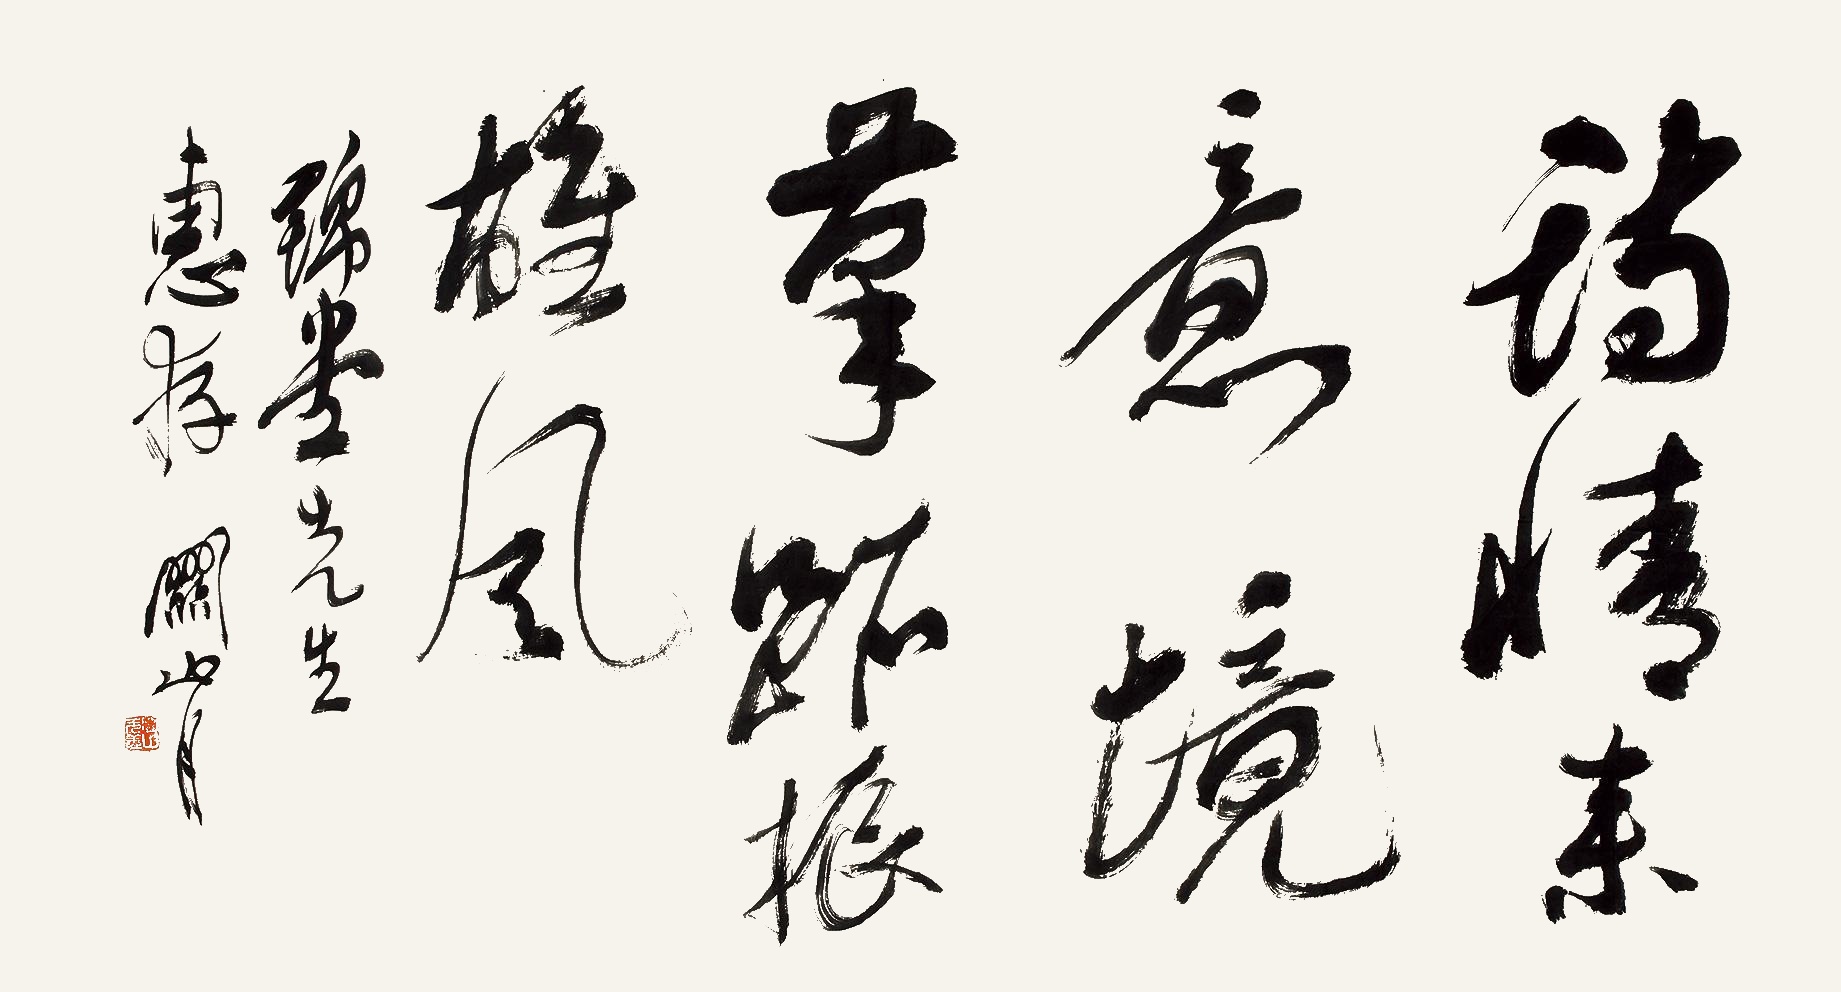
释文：诗情来意境，笔迹振雄风。锦堂先生惠存，关山月。